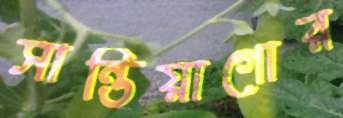
সান্তিয়াগোর